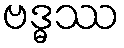
ဗဒ္ဓဿ